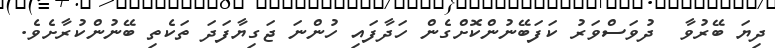
ދިޔަ ބޭރުވާ  ދުވަސްވަރު ކަފަބޭނުންކޮށްގެން ހަދާފައި ހުންނަ ޖަގިޔާފަދަ ތަކެތި ބޭނުންކުރާށެވެ.